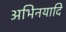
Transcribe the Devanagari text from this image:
अभिनयादि